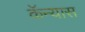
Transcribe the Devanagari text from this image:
कॅन्यास